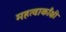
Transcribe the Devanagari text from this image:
महत्वाकाँक्षी